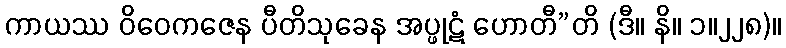
ကာယဿ ဝိဝေကဇေန ပီတိသုခေန အပ္ဖုဋံ ဟောတီ”တိ (ဒီ။ နိ။ ၁။၂၂၈)။